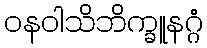
ဝနဝါသိဘိက္ခူနဂ္ဂံ